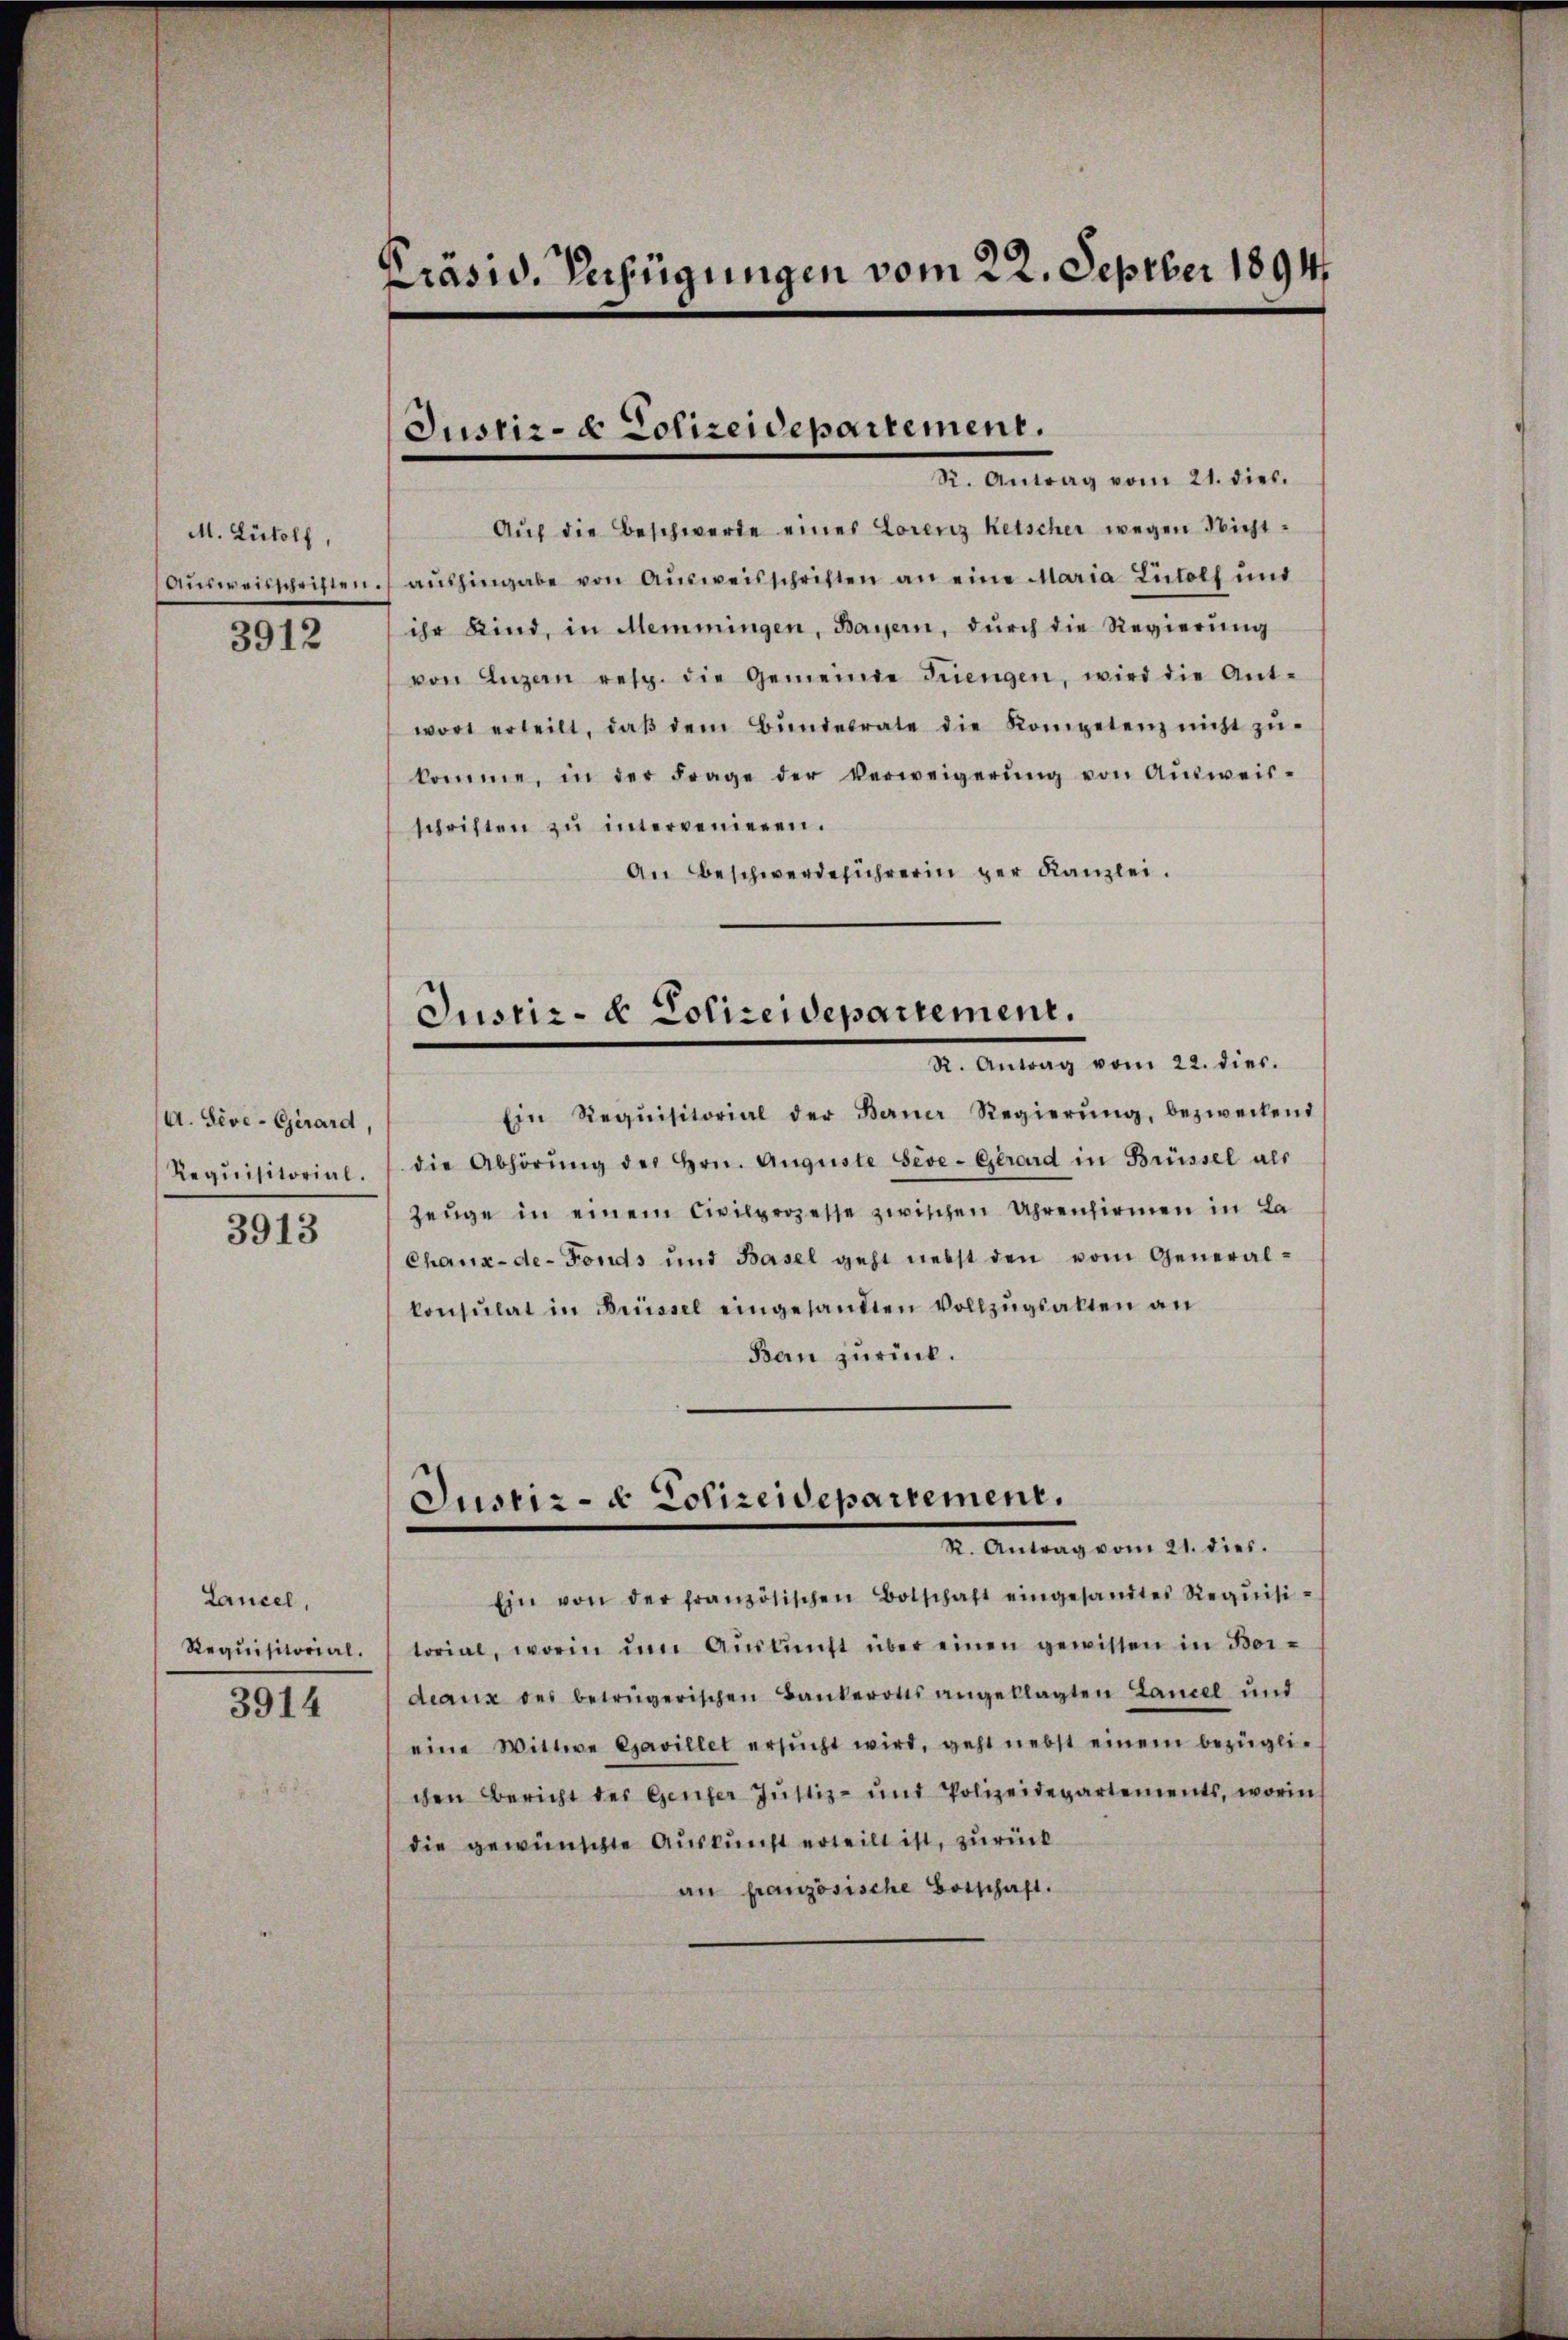
M. Lütolf,
Ausweisschriften.

3912

(A. Sive-Girard,
Requisitorial.

3913

Lancel,
Requisitorial.
3914

Prasw. Verfügungen vom 22. Septber 1894

Justiz- & Polizeidepartement.
Dr. Antrag vom 21. die

Aŭf die Beschwerde eines Lorenz Keischer wegen Nichtaŭshingabe von Aŭsweisschriften an eine Maria Ludolf und
ihr Kind, in Memmingen, Bayern, durch die Regierung
von Luzern resp. die Gemeinde Trengen, wird die Ant-
wort erteilt, daβ dem Bŭndesrate die Kompetenz nicht zŭ-
komme, in der Frage der Verweigerŭng von Aŭsweis-
schriften zu intervenieren.
An Beschwerdeführerin per Kanzlei.
Justiz- & Polizeidepartement.
Dr. Antrag vom 22. dies
Ein Requisitorial der Berner Regierŭng, bezweckend
die Abhörŭng des Hrn. Auguste Seve-Gerard in Brüssel als
zeŭge in einem Civilprozesse zwischen Uhrenfirmen in La
Chaux-de-Fonds und Basel geht nebst den vom Generalkonsulat in Brüssel eingesandten Vollzŭgsalten an
Bau zurück.

Ein von der französischen Botschaft eingesandtes Requisi-
torial, worin ŭm Aŭskŭnft über einen gewissen in Bor-
deaux des betrügerischen Bankerotts angeklagten Landel und
eine Wittwe Ejavillet ersŭcht wird, geht nebst einem bezügli-
chen Bericht der Genfer Justiz- und Polizeidepartements, worin
die gewünschte Auskunft erteilt ist, zurück
an französische Botschaft.

Justiz- & Polizeidepartement.
2. Antrag vom 21. dies.